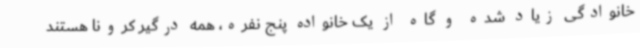
خانوادگی زیاد شده و گاه از یک خانواده پنج نفره، همه درگیر کرونا هستند